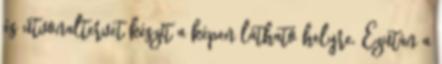
és útvonaltervet készít a képen látható helyre. Ezután a